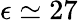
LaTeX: \epsilon\simeq 27